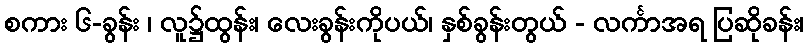
စကား ၆-ခွန်း ၊ လူ၌ထွန်း၊ လေးခွန်းကိုပယ်၊ နှစ်ခွန်းတွယ် - လင်္ကာအရ ပြဆိုခန်း၊